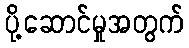
ပို့ဆောင်မှုအတွက်